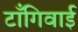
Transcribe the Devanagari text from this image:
टाँगिवाई